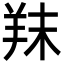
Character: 䍪